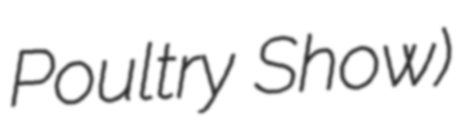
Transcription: Poultry Show)